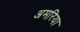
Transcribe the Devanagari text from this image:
अमरिया